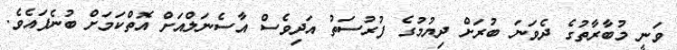
ވަނީ މުބާރާތުގެ ދެވަނަ ބުރަށް ދިޔުމުގެ ފުރުސަތު އަދިވެސް އާސެނަލްއަށް އޮތްކަމަށް ބުނެފައެވެ.